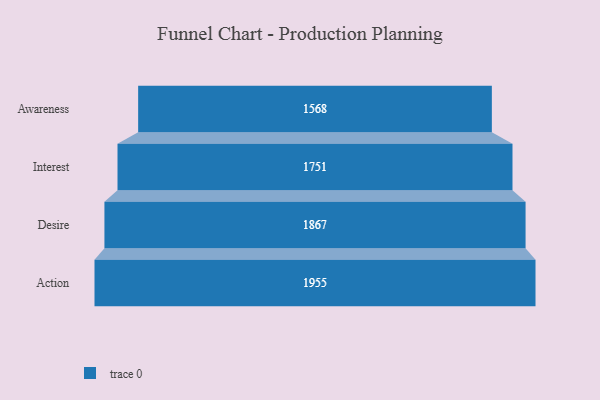
{"axis": {"x": "Stage", "y": "Value"}, "legend": [""], "data": [{"x": "Awareness", "y": 1568.0, "type": ""}, {"x": "Interest", "y": 1751.0, "type": ""}, {"x": "Desire", "y": 1867.0, "type": ""}, {"x": "Action", "y": 1955.0, "type": ""}]}